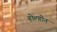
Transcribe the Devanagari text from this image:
होल्गोन